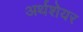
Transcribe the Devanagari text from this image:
अर्थशेयर